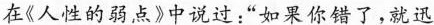
在《人性的弱点》中说过：”如果你错了，就迅